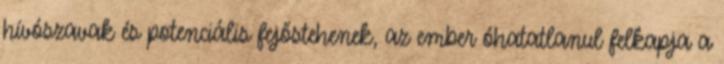
hívószavak és potenciális fejőstehenek, az ember óhatatlanul felkapja a